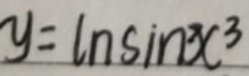
\[y = \ln\sin x^{3}\]